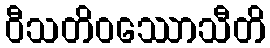
ဝီသတိဝဿောသီတိ